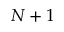
N + 1